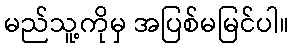
မည်သူ့ကိုမှ အပြစ်မမြင်ပါ။